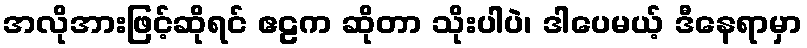
အလိုအားဖြင့်ဆိုရင် ဧဠက ဆိုတာ သိုးပါပဲ၊ ဒါပေမယ့် ဒီနေရာမှာ